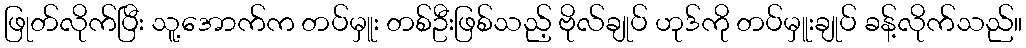
ဖြုတ်လိုက်ပြီး သူ့အောက်က တပ်မှူး တစ်ဦးဖြစ်သည့် ဗိုလ်ချုပ် ဟုဒ်ကို တပ်မှူးချုပ် ခန့်လိုက်သည်။